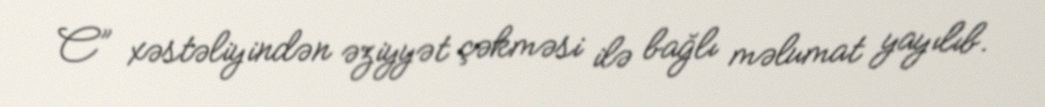
C” xəstəliyindən əziyyət çəkməsi ilə bağlı məlumat yayılıb.